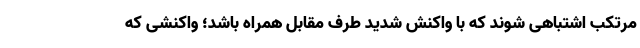
مرتکب اشتباهی شوند که با واکنش شدید طرف مقابل همراه باشد؛ واکنشی که